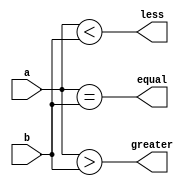
module comparator(
    input [7:0] a,
    input [7:0] b,
    output equal,
    output greater,
    output less
);

assign equal = (a == b);
assign greater = (a > b);
assign less = (a < b);

endmodule